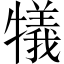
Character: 犠